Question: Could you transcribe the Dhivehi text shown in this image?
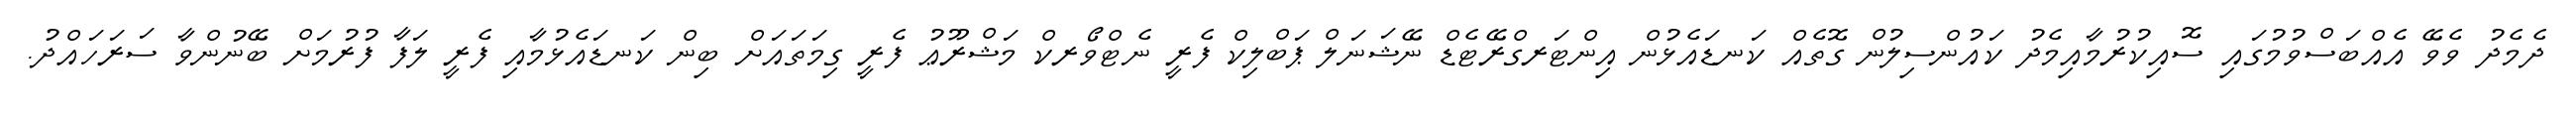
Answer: ދެމެދު ވެވޭ އެއްބަސްވުމުގައި ސޮއިކުރުމާއިމެދު ކައުންސިލުން ގޮތެއް ކަނޑައެޅުން އިންޓަރގްރޭޓެޑް ނޭޝަނަލް ޕަބްލިކް ފެރީ ނެޓްވޯރކް މަޝްރޫޢު ފެރީ ގިމަތައަށް ބިން ކަނޑައެޅުމާއި ފެރީ ލަފާ ފުރުމަށް ބޭނުންވާ ސަރަހައްދު.